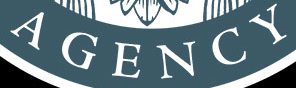
AGENCY